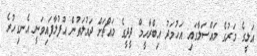
އަލީގެ މަރުގެ މައްސަލާގައި އަހުމަދު އިބްރާހީމް ދީދީގެ މައްޗަށް ދައުލަތުން އުފުލާފައިވަނީ އެނގިހުރެ